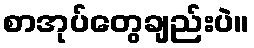
စာအုပ်တွေချည်းပဲ။